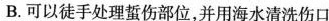
B.可以徒手处理蜇伤部位，并用海水清洗伤口